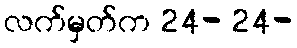
လက်မှတ်က 24- 24-